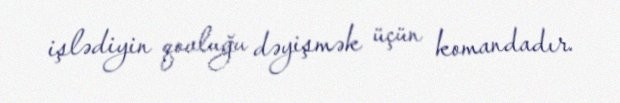
işlədiyin qovluğu dəyişmək üçün komandadır.